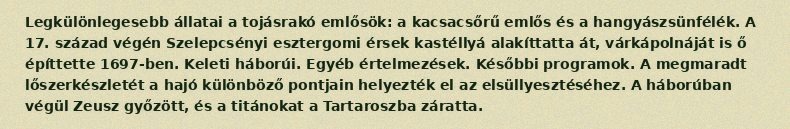
Legkülönlegesebb állatai a tojásrakó emlősök: a kacsacsőrű emlős és a hangyászsünfélék. A 17. század végén Szelepcsényi esztergomi érsek kastéllyá alakíttatta át, várkápolnáját is ő építtette 1697-ben. Keleti háborúi. Egyéb értelmezések. Későbbi programok. A megmaradt lőszerkészletét a hajó különböző pontjain helyezték el az elsüllyesztéséhez. A háborúban végül Zeusz győzött, és a titánokat a Tartaroszba záratta.